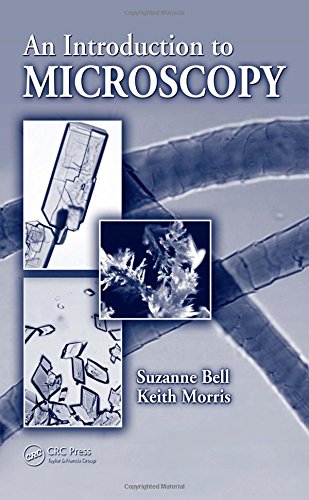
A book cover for An Introduction to Microscopy; Suzanne Bell; Science & Math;